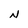
Character: N